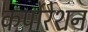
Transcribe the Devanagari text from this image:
कर्पोरेशन